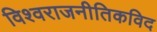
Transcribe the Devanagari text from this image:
विश्वराजनीतिकविद